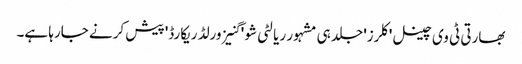
بھارتی ٹی وی چینل 'کلرز' جلد ہی مشہور ریالٹی شو ' گنیز ورلڈ ریکارڈ' پیش کرنے جارہا ہے۔